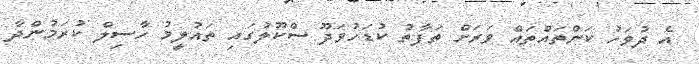
އެ ދުވަހު ކަންތައްތައް ވަރަށް ތަފާތު ކުޑަހުވަދޫ ސްކޫލުގައި ތައުލީމު ހާސިލް ކުރަމުންދާ